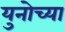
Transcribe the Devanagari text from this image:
युनोच्या